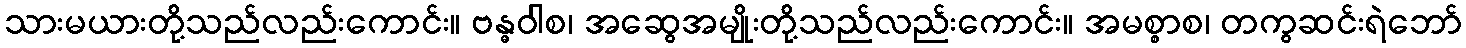
သားမယားတို့သည်လည်းကောင်း။ ဗန္ဓဝါစ၊ အဆွေအမျိုးတို့သည်လည်းကောင်း။ အမစ္စာစ၊ တကွဆင်းရဲဘော်